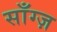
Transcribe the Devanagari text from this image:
साँग्ज़